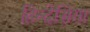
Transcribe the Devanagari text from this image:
हिन्देसिया